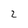
Character: 2